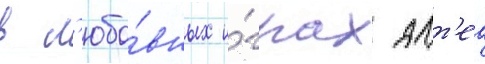
в л'юбо́вных и́грах алт'еа